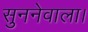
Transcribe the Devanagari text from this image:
सुननेवाला।